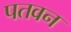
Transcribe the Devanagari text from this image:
पतवन